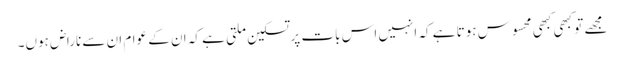
مجھے تو کبھی کبھی محسوس ہوتا ہے کہ انہیں اس بات پر تسکین ملتی ہے کہ ان کے عوام ان سے ناراض ہوں۔